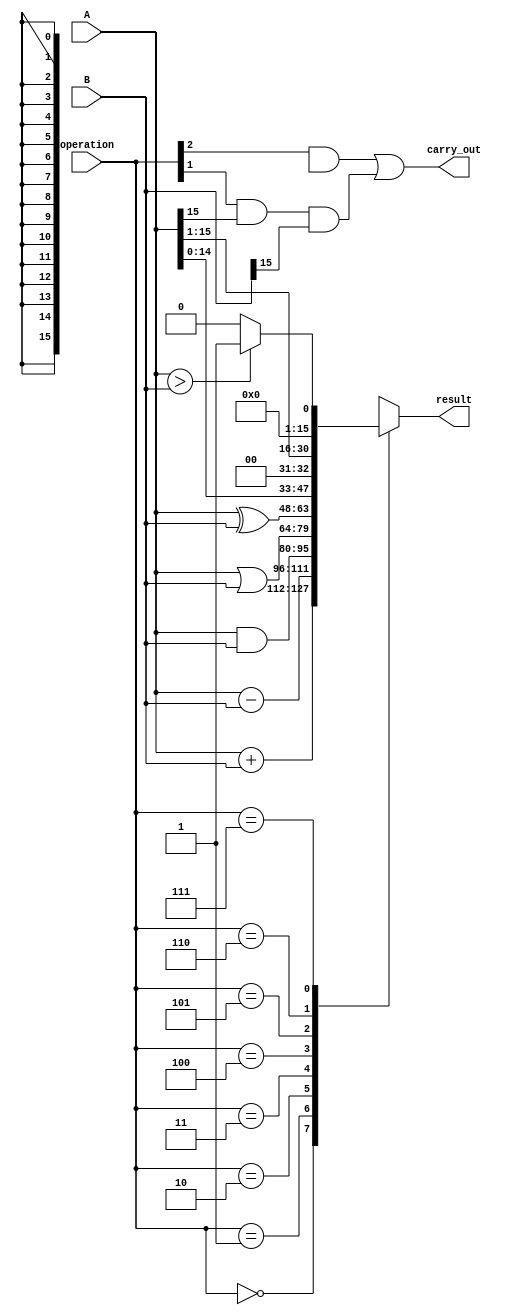
module ALU(input [15:0] A, B,
           input [2:0] operation,
           output [15:0] result,
           output carry_out);

   reg [15:0] result;
   wire [15:0] A_xor_B;
   
   assign A_xor_B = A ^ B;
   
   always @(*)
     begin
        case(operation)
           3'b000: result = A + B; //ADD operation
           3'b001: result = A - B; //SUB operation
           3'b010: result = A & B; //AND operation
           3'b011: result = A | B; //OR operation
           3'b100: result = A_xor_B; //XOR operation
           3'b101: result = A << 1; //shift left operation
           3'b110: result = A >> 1; //shift right operation
           3'b111: 
              begin
                 if(A > B)
                    result = 16'h0001;
                 else
                    result = 16'h0000;
              end
       endcase
    end
    
    assign carry_out = (operation[2] && result[16]) || (operation[1] && A[15] && B[15]);
    
endmodule